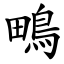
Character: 鴫